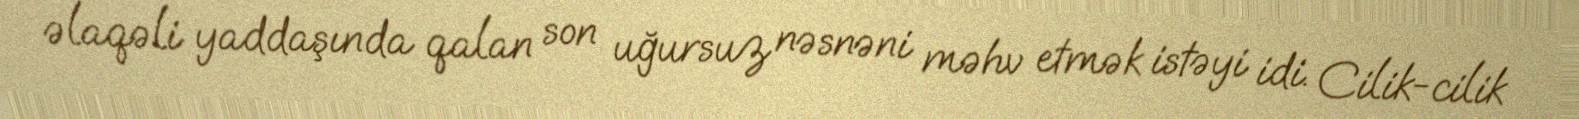
əlaqəli yaddaşında qalan son uğursuz nəsnəni məhv etmək istəyi idi. Cilik-cilik